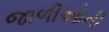
જાળીઓની